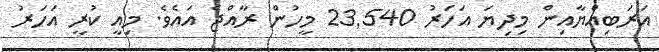
އަރަބިއްޔާއިން މިދިޔަ އަހަރު 23